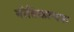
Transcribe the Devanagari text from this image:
नीतिकल्पना